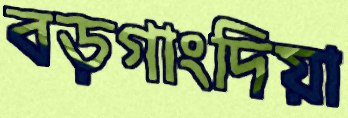
বড়গাংদিয়া